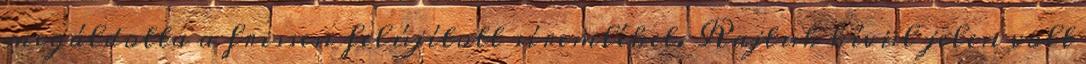
megáldotta a frissen felújított síremléket. Rajtuk kívül jelen volt